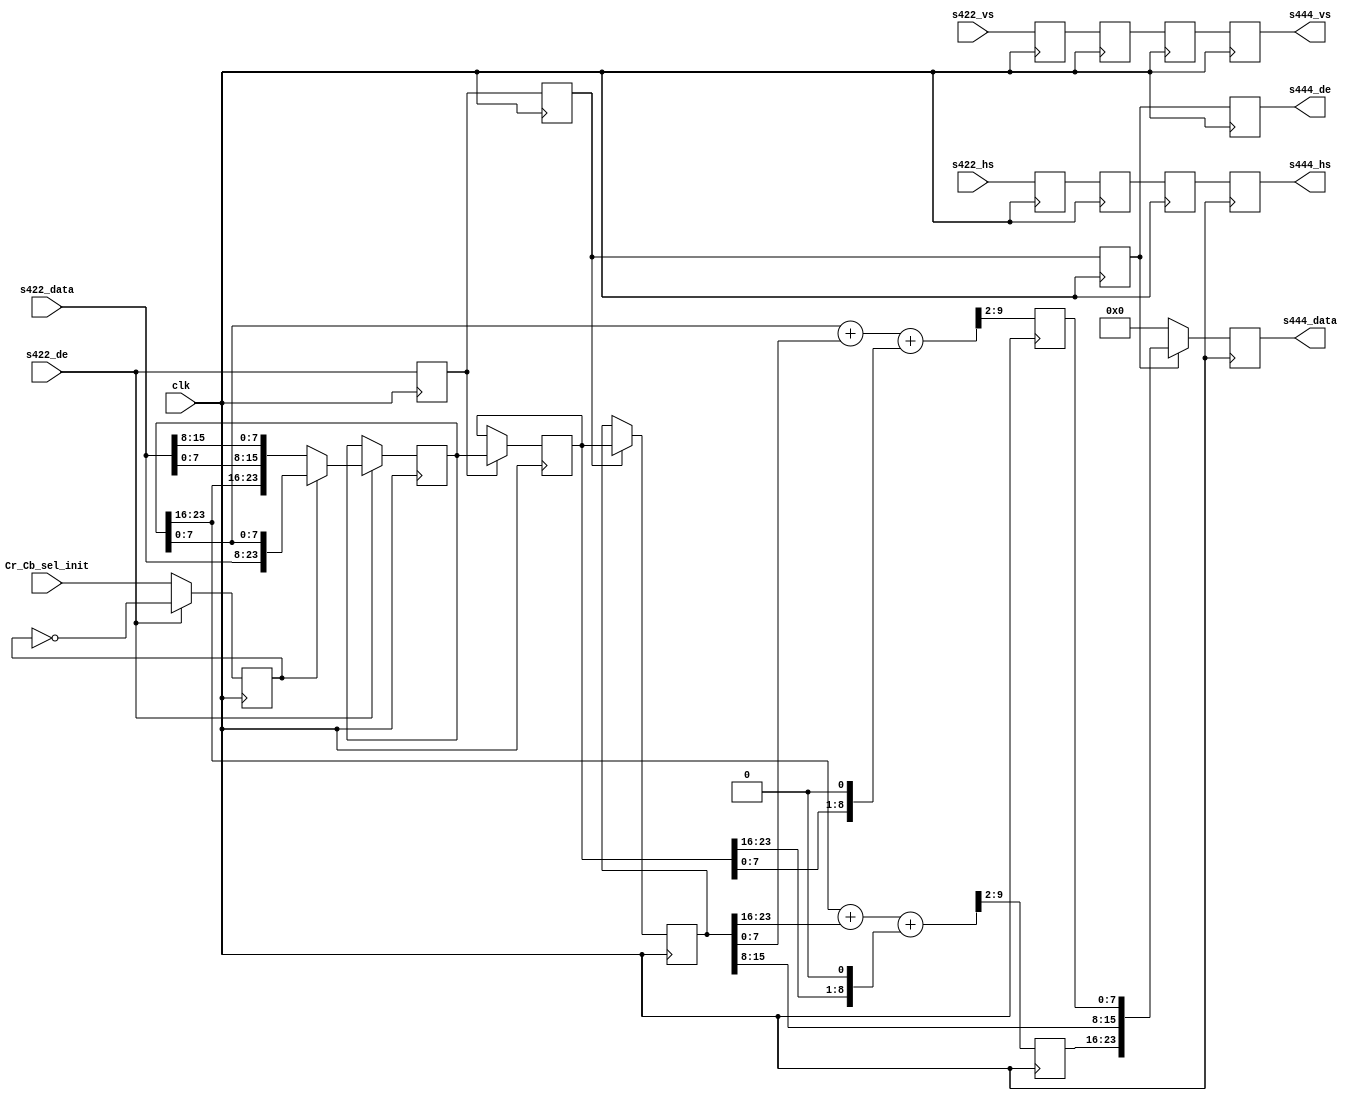
// ***************************************************************************
// ***************************************************************************
// Copyright 2011(c) Analog Devices, Inc.
// 
// All rights reserved.
// 
// Redistribution and use in source and binary forms, with or without modification,
// are permitted provided that the following conditions are met:
//     - Redistributions of source code must retain the above copyright
//       notice, this list of conditions and the following disclaimer.
//     - Redistributions in binary form must reproduce the above copyright
//       notice, this list of conditions and the following disclaimer in
//       the documentation and/or other materials provided with the
//       distribution.
//     - Neither the name of Analog Devices, Inc. nor the names of its
//       contributors may be used to endorse or promote products derived
//       from this software without specific prior written permission.
//     - The use of this software may or may not infringe the patent rights
//       of one or more patent holders.  This license does not release you
//       from the requirement that you obtain separate licenses from these
//       patent holders to use this software.
//     - Use of the software either in source or binary form, must be run
//       on or directly connected to an Analog Devices Inc. component.
//    
// THIS SOFTWARE IS PROVIDED BY ANALOG DEVICES "AS IS" AND ANY EXPRESS OR IMPLIED WARRANTIES,
// INCLUDING, BUT NOT LIMITED TO, NON-INFRINGEMENT, MERCHANTABILITY AND FITNESS FOR A
// PARTICULAR PURPOSE ARE DISCLAIMED.
//
// IN NO EVENT SHALL ANALOG DEVICES BE LIABLE FOR ANY DIRECT, INDIRECT, INCIDENTAL, SPECIAL,
// EXEMPLARY, OR CONSEQUENTIAL DAMAGES (INCLUDING, BUT NOT LIMITED TO, INTELLECTUAL PROPERTY
// RIGHTS, PROCUREMENT OF SUBSTITUTE GOODS OR SERVICES; LOSS OF USE, DATA, OR PROFITS; OR 
// BUSINESS INTERRUPTION) HOWEVER CAUSED AND ON ANY THEORY OF LIABILITY, WHETHER IN CONTRACT,
// STRICT LIABILITY, OR TORT (INCLUDING NEGLIGENCE OR OTHERWISE) ARISING IN ANY WAY OUT OF 
// THE USE OF THIS SOFTWARE, EVEN IF ADVISED OF THE POSSIBILITY OF SUCH DAMAGE.
// ***************************************************************************
// ***************************************************************************
// ***************************************************************************
// ***************************************************************************
// Input must be RGB or CrYCb in that order, output is CrY/CbY

module cf_ss_422to444 (

  // 422 inputs

  clk,
  s422_vs,
  s422_hs,
  s422_de,
  s422_data,

  // 444 outputs

  s444_vs,
  s444_hs,
  s444_de,
  s444_data,

  // change to switch Cr/Cb sel (0-> Cb first, 1-> Cr first)

  Cr_Cb_sel_init);

  input           clk;
  input           s422_vs;
  input           s422_hs;
  input           s422_de;
  input   [15:0]  s422_data;

  output          s444_vs;
  output          s444_hs;
  output          s444_de;
  output  [23:0]  s444_data;

  input           Cr_Cb_sel_init;

  reg             Cr_Cb_sel = 'd0;
  reg             s422_vs_d = 'd0;
  reg             s422_hs_d = 'd0;
  reg             s422_de_d = 'd0;
  reg     [23:0]  s422_data_d = 'd0;
  reg             s422_vs_2d = 'd0;
  reg             s422_hs_2d = 'd0;
  reg             s422_de_2d = 'd0;
  reg     [23:0]  s422_data_2d = 'd0;
  reg             s422_vs_3d = 'd0;
  reg             s422_hs_3d = 'd0;
  reg             s422_de_3d = 'd0;
  reg     [23:0]  s422_data_3d = 'd0;
  reg     [ 7:0]  R = 'd0;
  reg     [ 7:0]  B = 'd0;
  reg             s444_vs = 'd0;
  reg             s444_hs = 'd0;
  reg             s444_de = 'd0;
  reg     [23:0]  s444_data = 'd0;

  wire    [ 9:0]  R_s;
  wire    [ 9:0]  B_s;

  // First data on DE assertion is Cb (0x0), then Cr (0x1).
  // The previous data is held when not current

  always @(posedge clk) begin
    if (s422_de == 1'b1) begin
      Cr_Cb_sel <= ~Cr_Cb_sel;
    end else begin
      Cr_Cb_sel <= Cr_Cb_sel_init;
    end
    s422_vs_d <= s422_vs;
    s422_hs_d <= s422_hs;
    s422_de_d <= s422_de;
    if (s422_de == 1'b1) begin
      if (Cr_Cb_sel == 1'b1) begin
        s422_data_d <= {s422_data[15:8], s422_data[7:0], s422_data_d[7:0]};
      end else begin
        s422_data_d <= {s422_data_d[23:16], s422_data[7:0], s422_data[15:8]};
      end
    end
    s422_vs_2d <= s422_vs_d;
    s422_hs_2d <= s422_hs_d;
    s422_de_2d <= s422_de_d;
    if (s422_de_d == 1'b1) begin
      s422_data_2d <= s422_data_d;
    end
    s422_vs_3d <= s422_vs_2d;
    s422_hs_3d <= s422_hs_2d;
    s422_de_3d <= s422_de_2d;
    if (s422_de_2d == 1'b1) begin
      s422_data_3d <= s422_data_2d;
    end
  end

  // Get the average 0.4*S(n-1) + 0.2*S(n) + 0.2*S(n+1)

  assign R_s = {2'd0, s422_data_d[23:16]} + {2'd0, s422_data_3d[23:16]} +
    {1'd0, s422_data_2d[23:16], 1'd0};

  assign B_s = {2'd0, s422_data_d[7:0]} + {2'd0, s422_data_3d[7:0]} +
    {1'd0, s422_data_2d[7:0], 1'd0};

  always @(posedge clk) begin
    R <= R_s[9:2];
    B <= B_s[9:2];
  end

  // 444 outputs

  always @(posedge clk) begin
    s444_vs <= s422_vs_3d;
    s444_hs <= s422_hs_3d;
    s444_de <= s422_de_3d;
    if (s422_de_3d == 1'b0) begin
      s444_data <= 'd0;
    end else begin
      s444_data <= {R, s422_data_3d[15:8], B};
    end
  end

endmodule

// ***************************************************************************
// ***************************************************************************